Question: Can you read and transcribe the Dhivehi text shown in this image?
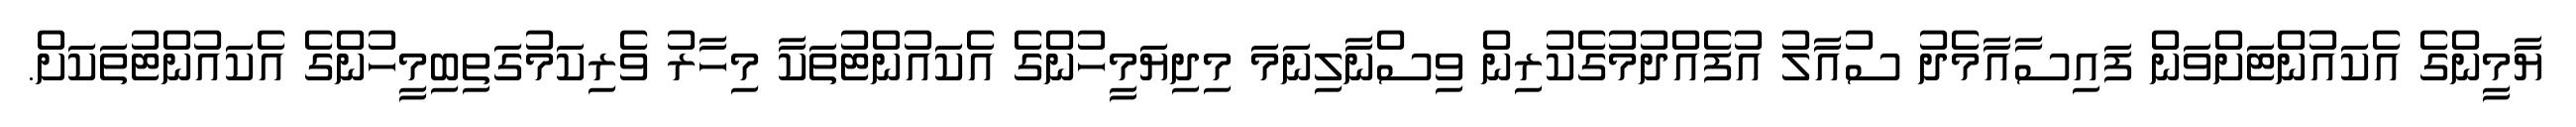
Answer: ޔާމީންގެ އެކައުންޓަށްވަން ފައިސާއާމެދު ސުއާލު އުފެއްދުމުގެކުރިން ވިސްނާލިނަމަ މިދިޔަމީހުންގެ އެކައުންޓުތަކާ މިހާރު ވެރިކަމުގަތިބިމީހުންގެ އެކައުންޓުތަކަށް.